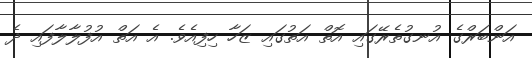
އަންބަރްގެ އުނގުތެރޭގައި އޮތް އަތުގައި ޒަހާ ހިފިއެވެ. އެ އަތް އުފުލާލާފައި ދެ